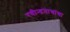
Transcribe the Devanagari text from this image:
रवीन्द्रनाथांचा